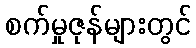
စက်မှုဇုန်များတွင်